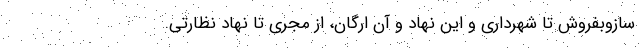
سازوبفروش تا شهرداری و این نهاد و آن ارگان، از مجری تا نهاد نظارتی.